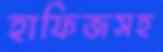
হাফিজসহ